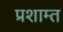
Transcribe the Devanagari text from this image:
प्रशाम्त